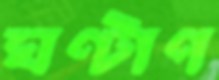
ঘণ্টাপ